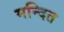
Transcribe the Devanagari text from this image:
मन्दित